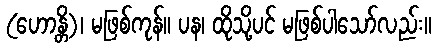
(ဟောန္တိ)၊ မဖြစ်ကုန်။ ပန၊ ထိုသို့ပင် မဖြစ်ပါသော်လည်း။